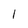
Character: 1